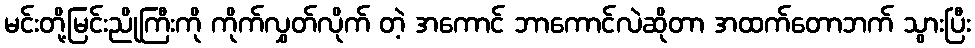
မင်းတို့မြင်းညိုကြီးကို ကိုက်လွှတ်လိုက် တဲ့ အကောင် ဘာကောင်လဲဆိုတာ အထက်တောဘက် သွားပြီး